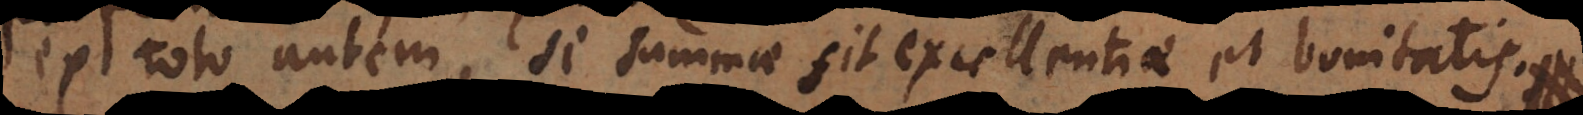
ex toto autem, si summae sit excellentiae et bonitatis. S